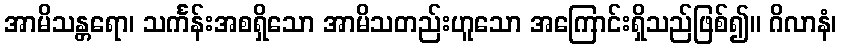
အာမိသန္တရော၊ သင်္ကန်းအစရှိသော အာမိသတည်းဟူသော အကြောင်းရှိသည်ဖြစ်၍။ ဂိလာနံ၊